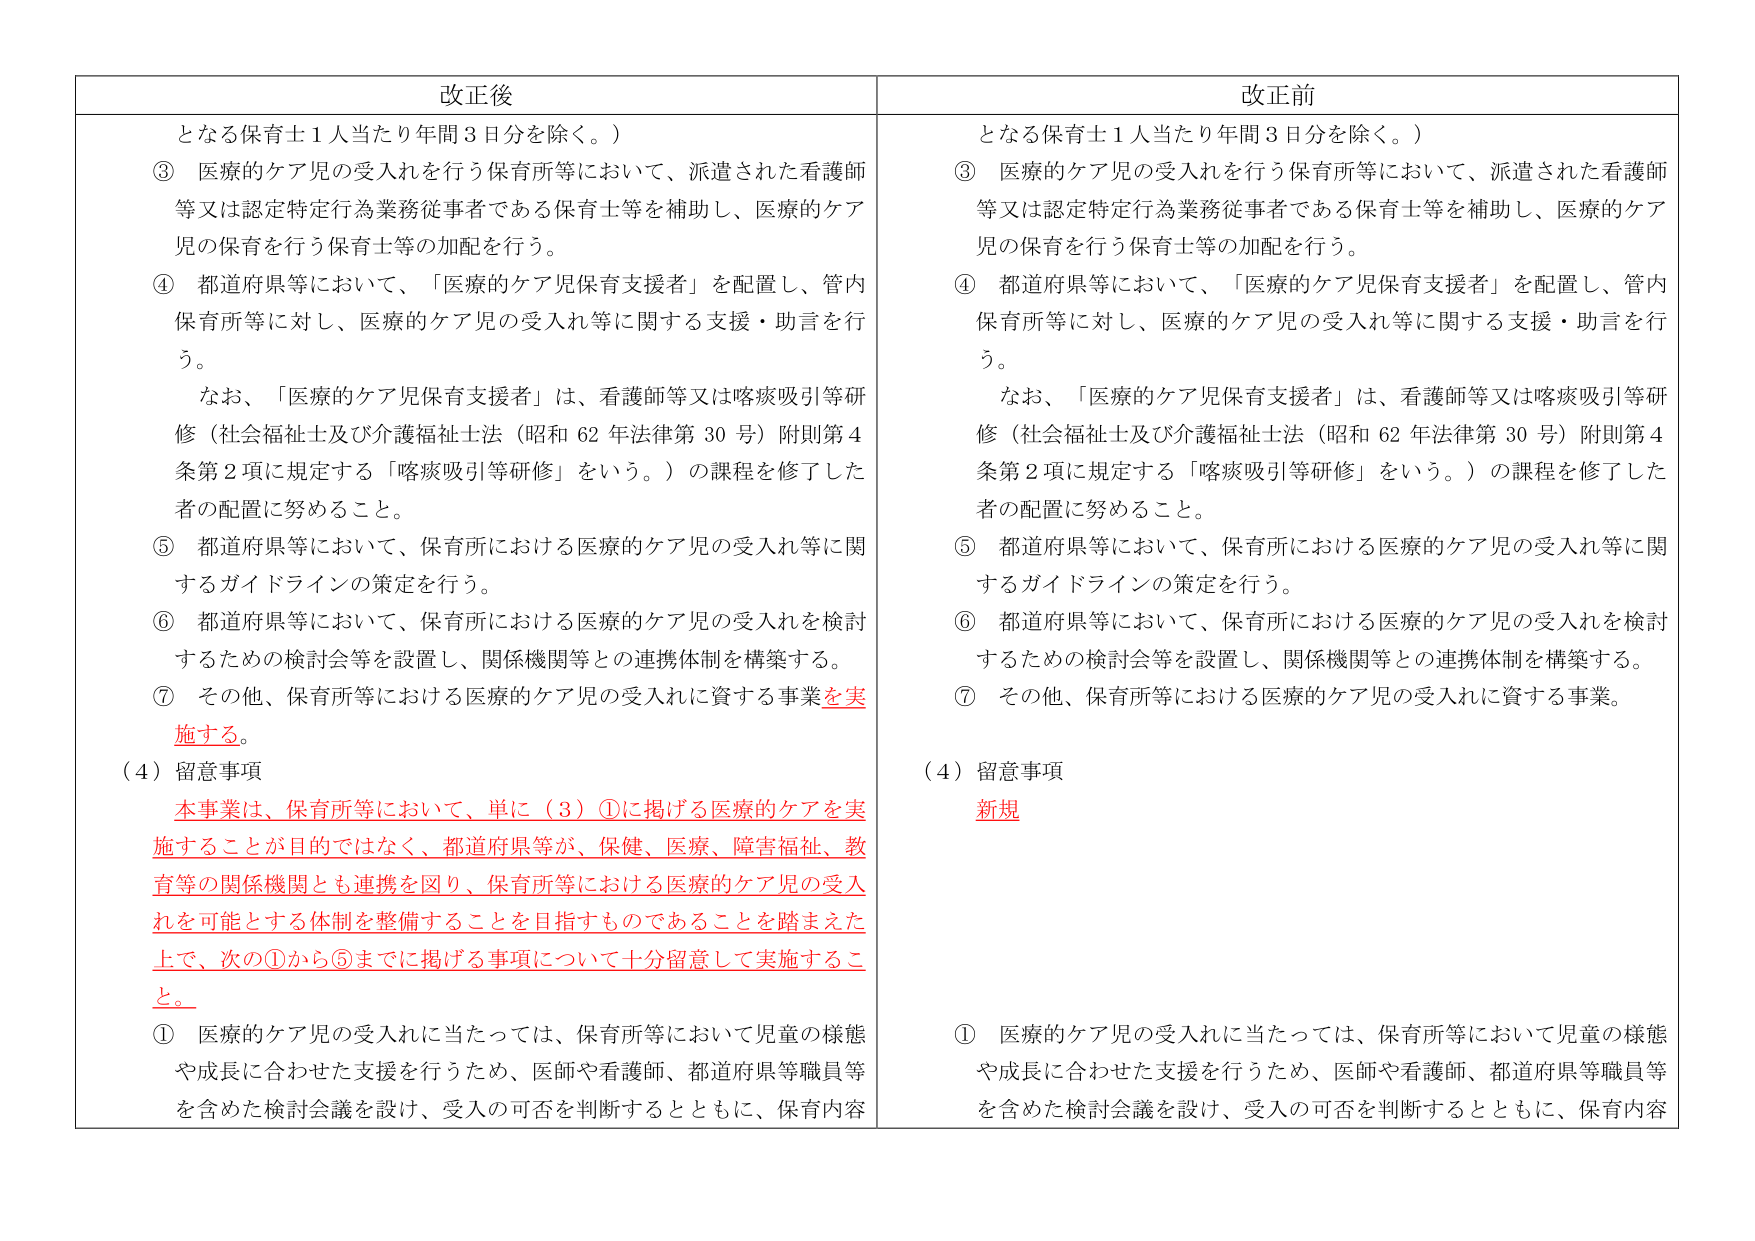
改正後
となる保育士１人当たり年間３日分を除く。）
③ 医療的ケア児の受入れを行う保育所等において、派遣された看護師等又は認定特定行為業務従事者である保育士等を補助し、医療的ケア児の保育を行う保育士等の加配を行う。
④ 都道府県等において、「医療的ケア児保育支援者」を配置し、管内保育所等に対し、医療的ケア児の受入れ等に関する支援・助言を行う。
　なお、「医療的ケア児保育支援者」は、看護師等又は喀痰吸引等研修（社会福祉士及び介護福祉士法（昭和62年法律第30号）附則第4条第2項に規定する「喀痰吸引等研修」をいう。）の課程を修了した者の配置に努めること。
⑤ 都道府県等において、保育所における医療的ケア児の受入れ等に関するガイドラインの策定を行う。
⑥ 都道府県等において、保育所における医療的ケア児の受入れを検討するための検討会等を設置し、関係機関等との連携体制を構築する。
⑦ その他、保育所等における医療的ケア児の受入れに資する事業を実施する。
（4）留意事項
　本事業は、保育所等において、単に（3）①に掲げる医療的ケアを実施することが目的ではなく、都道府県等が、保健、医療、障害福祉、教育等の関係機関とも連携を図り、保育所等における医療的ケア児の受入れを可能とする体制を整備することを目指すものであることを踏まえた上で、次の①から⑤までに掲げる事項について十分留意して実施すること。
① 医療的ケア児の受入れに当たっては、保育所等において児童の様態や成長に合わせた支援を行うため、医師や看護師、都道府県等職員等を含めた検討会議を設け、受入の可否を判断するとともに、保育内容

改正前
となる保育士１人当たり年間３日分を除く。）
③ 医療的ケア児の受入れを行う保育所等において、派遣された看護師等又は認定特定行為業務従事者である保育士等を補助し、医療的ケア児の保育を行う保育士等の加配を行う。
④ 都道府県等において、「医療的ケア児保育支援者」を配置し、管内保育所等に対し、医療的ケア児の受入れ等に関する支援・助言を行う。
　なお、「医療的ケア児保育支援者」は、看護師等又は喀痰吸引等研修（社会福祉士及び介護福祉士法（昭和62年法律第30号）附則第4条第2項に規定する「喀痰吸引等研修」をいう。）の課程を修了した者の配置に努めること。
⑤ 都道府県等において、保育所における医療的ケア児の受入れ等に関するガイドラインの策定を行う。
⑥ 都道府県等において、保育所における医療的ケア児の受入れを検討するための検討会等を設置し、関係機関等との連携体制を構築する。
⑦ その他、保育所等における医療的ケア児の受入れに資する事業。
（4）留意事項
新規
① 医療的ケア児の受入れに当たっては、保育所等において児童の様態や成長に合わせた支援を行うため、医師や看護師、都道府県等職員等を含めた検討会議を設け、受入の可否を判断するとともに、保育内容